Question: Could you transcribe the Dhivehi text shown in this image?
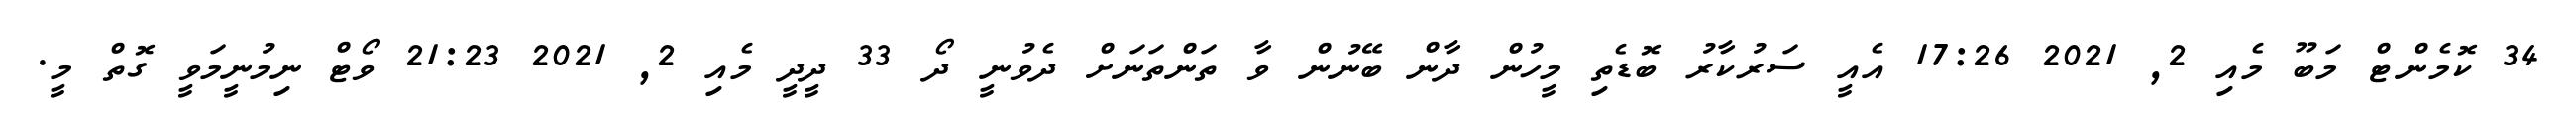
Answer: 34 ކޮމެންޓް މަބޫ މެއި 2, 2021 17:26 އެއީ ސަރުކާރު ބޮޑެތި މީހުން ދާން ބޭނުން ވާ ތަންތަނަށް ދެވުނީ ދޯ 33 ދީދީ މެއި 2, 2021 21:23 ވޯޓް ނިމުނީމަވީ ގޮތް މީ.